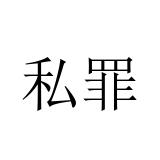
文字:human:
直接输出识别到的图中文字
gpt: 私罪